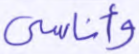
وأناسي